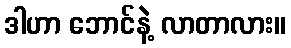
ဒါဟာ ဘောင်နဲ့ လာတာလား။